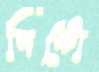
পিন্টো